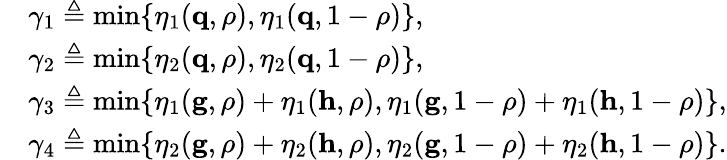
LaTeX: \begin{array}{rl}&{\gamma_{1}\triangleq\operatorname*{min}\{ \eta_{1}(\mathbf{q},\rho),\eta_{1}(\mathbf{q},1-\rho)\} ,}\\ &{\gamma_{2}\triangleq\operatorname*{min}\{ \eta_{2}(\mathbf{q},\rho),\eta_{2}(\mathbf{q},1-\rho)\} ,}\\ &{\gamma_{3}\triangleq\operatorname*{min}\{ \eta_{1}(\mathbf{g},\rho)+\eta_{1}(\mathbf{h},\rho),\eta_{1}(\mathbf{g},1-\rho)+\eta_{1}(\mathbf{h},1-\rho)\} ,}\\ &{\gamma_{4}\triangleq\operatorname*{min}\{ \eta_{2}(\mathbf{g},\rho)+\eta_{2}(\mathbf{h},\rho),\eta_{2}(\mathbf{g},1-\rho)+\eta_{2}(\mathbf{h},1-\rho)\} .}\end{array}